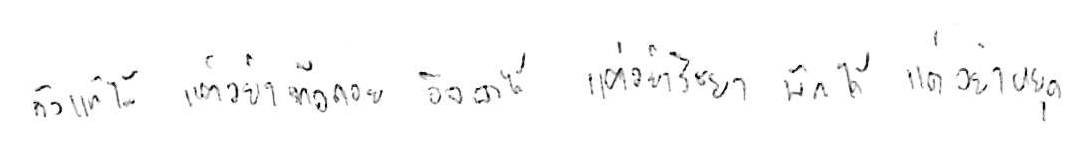
ท้อแท้ได้ แต่อย่าท้อถอย อิจฉาได้ แต่อย่าริษยา พักได้ แต่อย่าหยุด